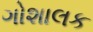
ગોશાલક